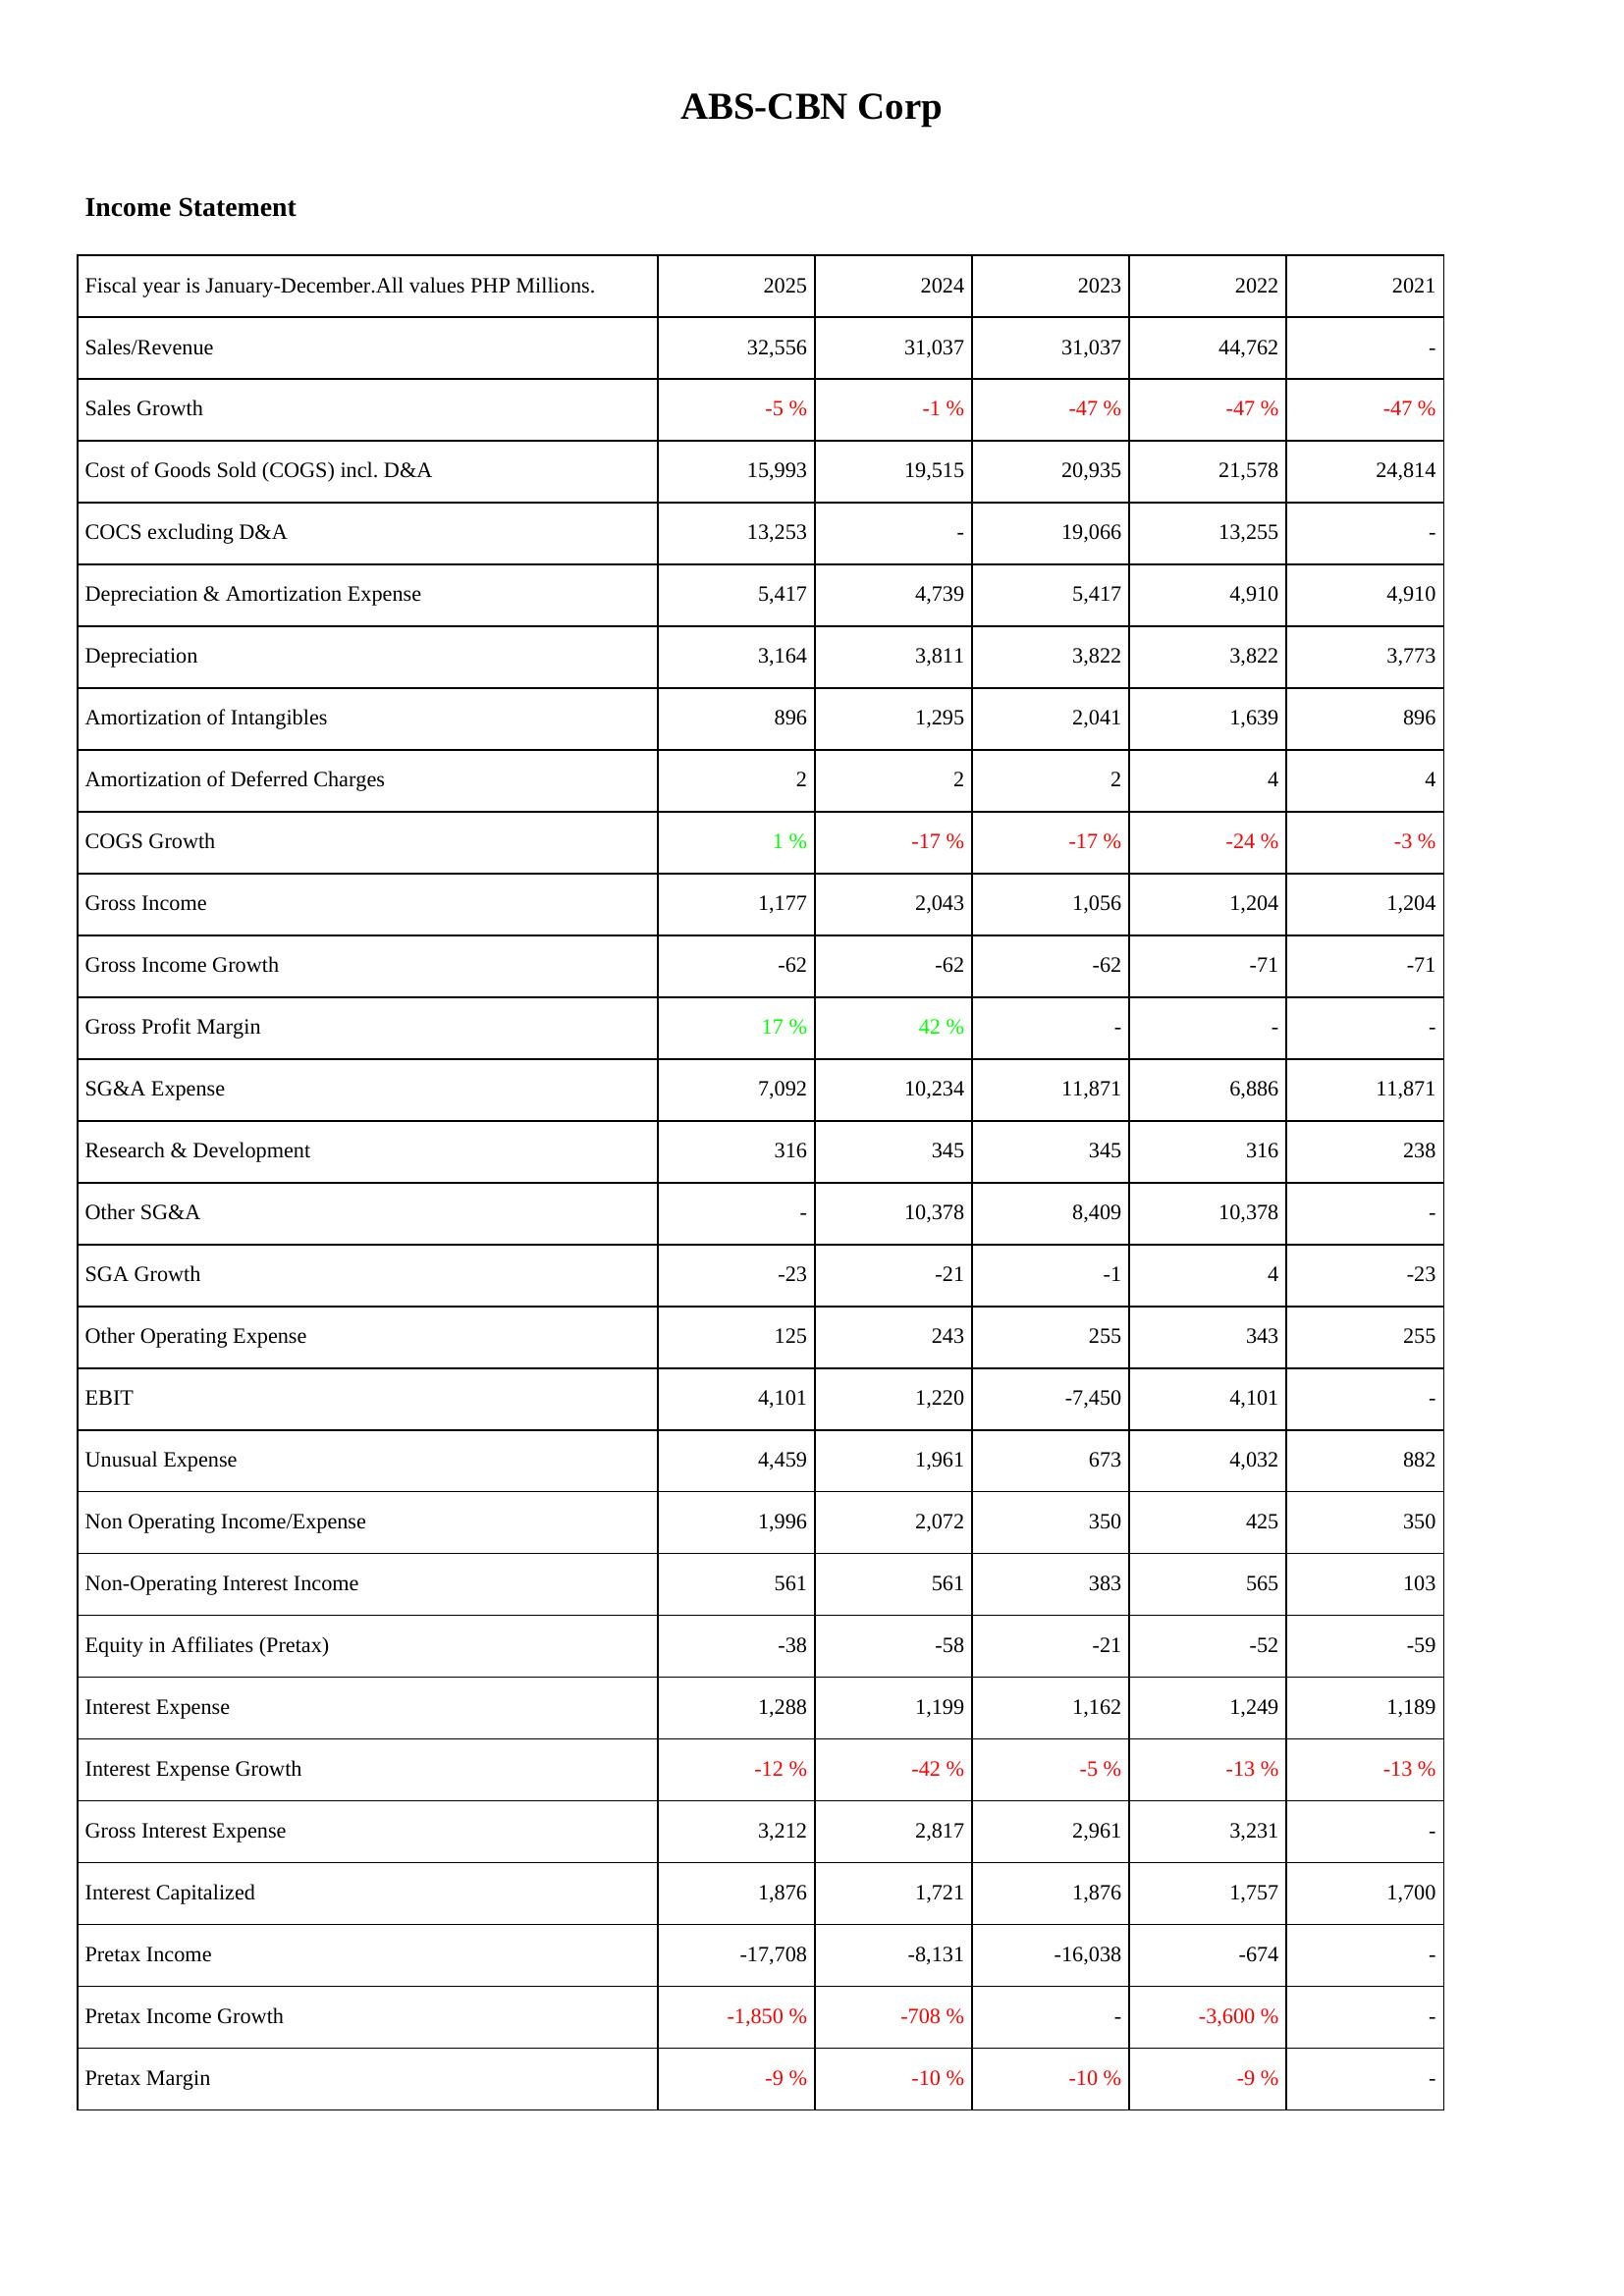
2025: Income Statement: Sales/Revenue: 32,556
Sales Growth: -5 %
Cost of Goods Sold (COGS) incl. D&A: 15,993
COCS excluding D&A: 13,253
Depreciation & Amortization Expense: 5,417
Depreciation: 3,164
Amortization of Intangibles: 896
Amortization of Deferred Charges: 2
COGS Growth: 1 %
Gross Income: 1,177
Gross Income Growth: -62
Gross Profit Margin: 17 %
SG&A Expense: 7,092
Research & Development: 316
Other SG&A: -
SGA Growth: -23
Other Operating Expense: 125
EBIT: 4,101
Unusual Expense: 4,459
Non Operating Income/Expense: 1,996
Non-Operating Interest Income: 561
Equity in Affiliates (Pretax): -38
Interest Expense: 1,288
Interest Expense Growth: -12 %
Gross Interest Expense: 3,212
Interest Capitalized: 1,876
Pretax Income: -17,708
Pretax Income Growth: -1,850 %
Pretax Margin: -9 %
2024: Income Statement: Sales/Revenue: 31,037
Sales Growth: -1 %
Cost of Goods Sold (COGS) incl. D&A: 19,515
COCS excluding D&A: -
Depreciation & Amortization Expense: 4,739
Depreciation: 3,811
Amortization of Intangibles: 1,295
Amortization of Deferred Charges: 2
COGS Growth: -17 %
Gross Income: 2,043
Gross Income Growth: -62
Gross Profit Margin: 42 %
SG&A Expense: 10,234
Research & Development: 345
Other SG&A: 10,378
SGA Growth: -21
Other Operating Expense: 243
EBIT: 1,220
Unusual Expense: 1,961
Non Operating Income/Expense: 2,072
Non-Operating Interest Income: 561
Equity in Affiliates (Pretax): -58
Interest Expense: 1,199
Interest Expense Growth: -42 %
Gross Interest Expense: 2,817
Interest Capitalized: 1,721
Pretax Income: -8,131
Pretax Income Growth: -708 %
Pretax Margin: -10 %
2023: Income Statement: Sales/Revenue: 31,037
Sales Growth: -47 %
Cost of Goods Sold (COGS) incl. D&A: 20,935
COCS excluding D&A: 19,066
Depreciation & Amortization Expense: 5,417
Depreciation: 3,822
Amortization of Intangibles: 2,041
Amortization of Deferred Charges: 2
COGS Growth: -17 %
Gross Income: 1,056
Gross Income Growth: -62
Gross Profit Margin: -
SG&A Expense: 11,871
Research & Development: 345
Other SG&A: 8,409
SGA Growth: -1
Other Operating Expense: 255
EBIT: -7,450
Unusual Expense: 673
Non Operating Income/Expense: 350
Non-Operating Interest Income: 383
Equity in Affiliates (Pretax): -21
Interest Expense: 1,162
Interest Expense Growth: -5 %
Gross Interest Expense: 2,961
Interest Capitalized: 1,876
Pretax Income: -16,038
Pretax Income Growth: -
Pretax Margin: -10 %
2022: Income Statement: Sales/Revenue: 44,762
Sales Growth: -47 %
Cost of Goods Sold (COGS) incl. D&A: 21,578
COCS excluding D&A: 13,255
Depreciation & Amortization Expense: 4,910
Depreciation: 3,822
Amortization of Intangibles: 1,639
Amortization of Deferred Charges: 4
COGS Growth: -24 %
Gross Income: 1,204
Gross Income Growth: -71
Gross Profit Margin: -
SG&A Expense: 6,886
Research & Development: 316
Other SG&A: 10,378
SGA Growth: 4
Other Operating Expense: 343
EBIT: 4,101
Unusual Expense: 4,032
Non Operating Income/Expense: 425
Non-Operating Interest Income: 565
Equity in Affiliates (Pretax): -52
Interest Expense: 1,249
Interest Expense Growth: -13 %
Gross Interest Expense: 3,231
Interest Capitalized: 1,757
Pretax Income: -674
Pretax Income Growth: -3,600 %
Pretax Margin: -9 %
2021: Income Statement: Sales/Revenue: -
Sales Growth: -47 %
Cost of Goods Sold (COGS) incl. D&A: 24,814
COCS excluding D&A: -
Depreciation & Amortization Expense: 4,910
Depreciation: 3,773
Amortization of Intangibles: 896
Amortization of Deferred Charges: 4
COGS Growth: -3 %
Gross Income: 1,204
Gross Income Growth: -71
Gross Profit Margin: -
SG&A Expense: 11,871
Research & Development: 238
Other SG&A: -
SGA Growth: -23
Other Operating Expense: 255
EBIT: -
Unusual Expense: 882
Non Operating Income/Expense: 350
Non-Operating Interest Income: 103
Equity in Affiliates (Pretax): -59
Interest Expense: 1,189
Interest Expense Growth: -13 %
Gross Interest Expense: -
Interest Capitalized: 1,700
Pretax Income: -
Pretax Income Growth: -
Pretax Margin: -